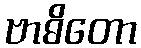
ဗာဓိတော